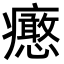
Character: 𤼉